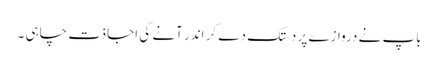
باپ نے دروازے پر دستک دے کر اندر آنے کی اجاذت چاہی ۔